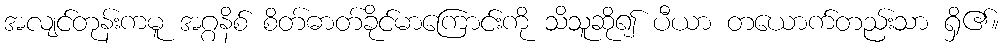
အလျင်တုန်းကမူ အဂ္ဂနိစ် စိတ်ဓာတ်ခိုင်မာကြောင်းကို သိသူဆို၍ ပီယာ တယောက်တည်းသာ ရှိ၏။